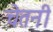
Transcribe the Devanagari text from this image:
चेतनी